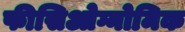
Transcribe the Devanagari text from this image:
फीसिओग्नोमिक